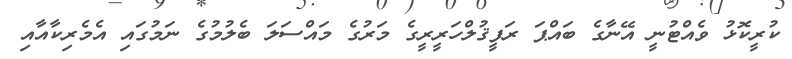
ކުރީކޮޅު ވެއްޓުނީ އޭނާގެ ބައްޕަ ރަފީޤުލްހަރީރީގެ މަރުގެ މައްސަލަ ބެލުމުގެ ނަމުގައި އެމެރިކާއާއި